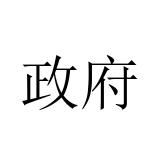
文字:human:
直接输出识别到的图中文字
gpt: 政府